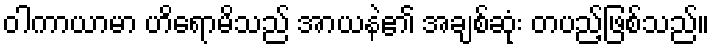
ဝါကာယာမာ ဟိရောမိသည် အာယနဲ၏ အချစ်ဆုံး တပည့်ဖြစ်သည်။